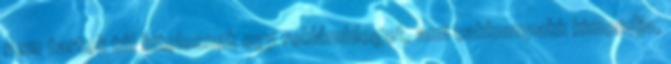
nem tartok túl hitelesnek egy reklámblogot, ami cakkumpakk kimondja,